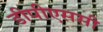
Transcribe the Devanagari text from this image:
डीपीएससी